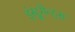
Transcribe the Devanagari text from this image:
इंस्ट्रूमेन्ट्स